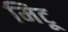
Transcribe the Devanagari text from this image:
मिटू